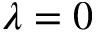
\lambda = 0